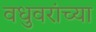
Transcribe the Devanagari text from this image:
वधुवरांच्या